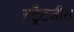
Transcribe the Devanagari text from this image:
स्ट्रैटजीस